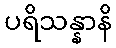
ပရိသန္နာနိ